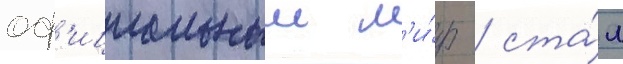
оф'ициальныи м'и́р / ста́л